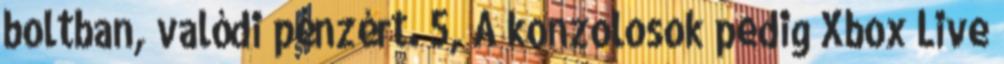
boltban, valódi pénzért. 5, A konzolosok pedig Xbox Live